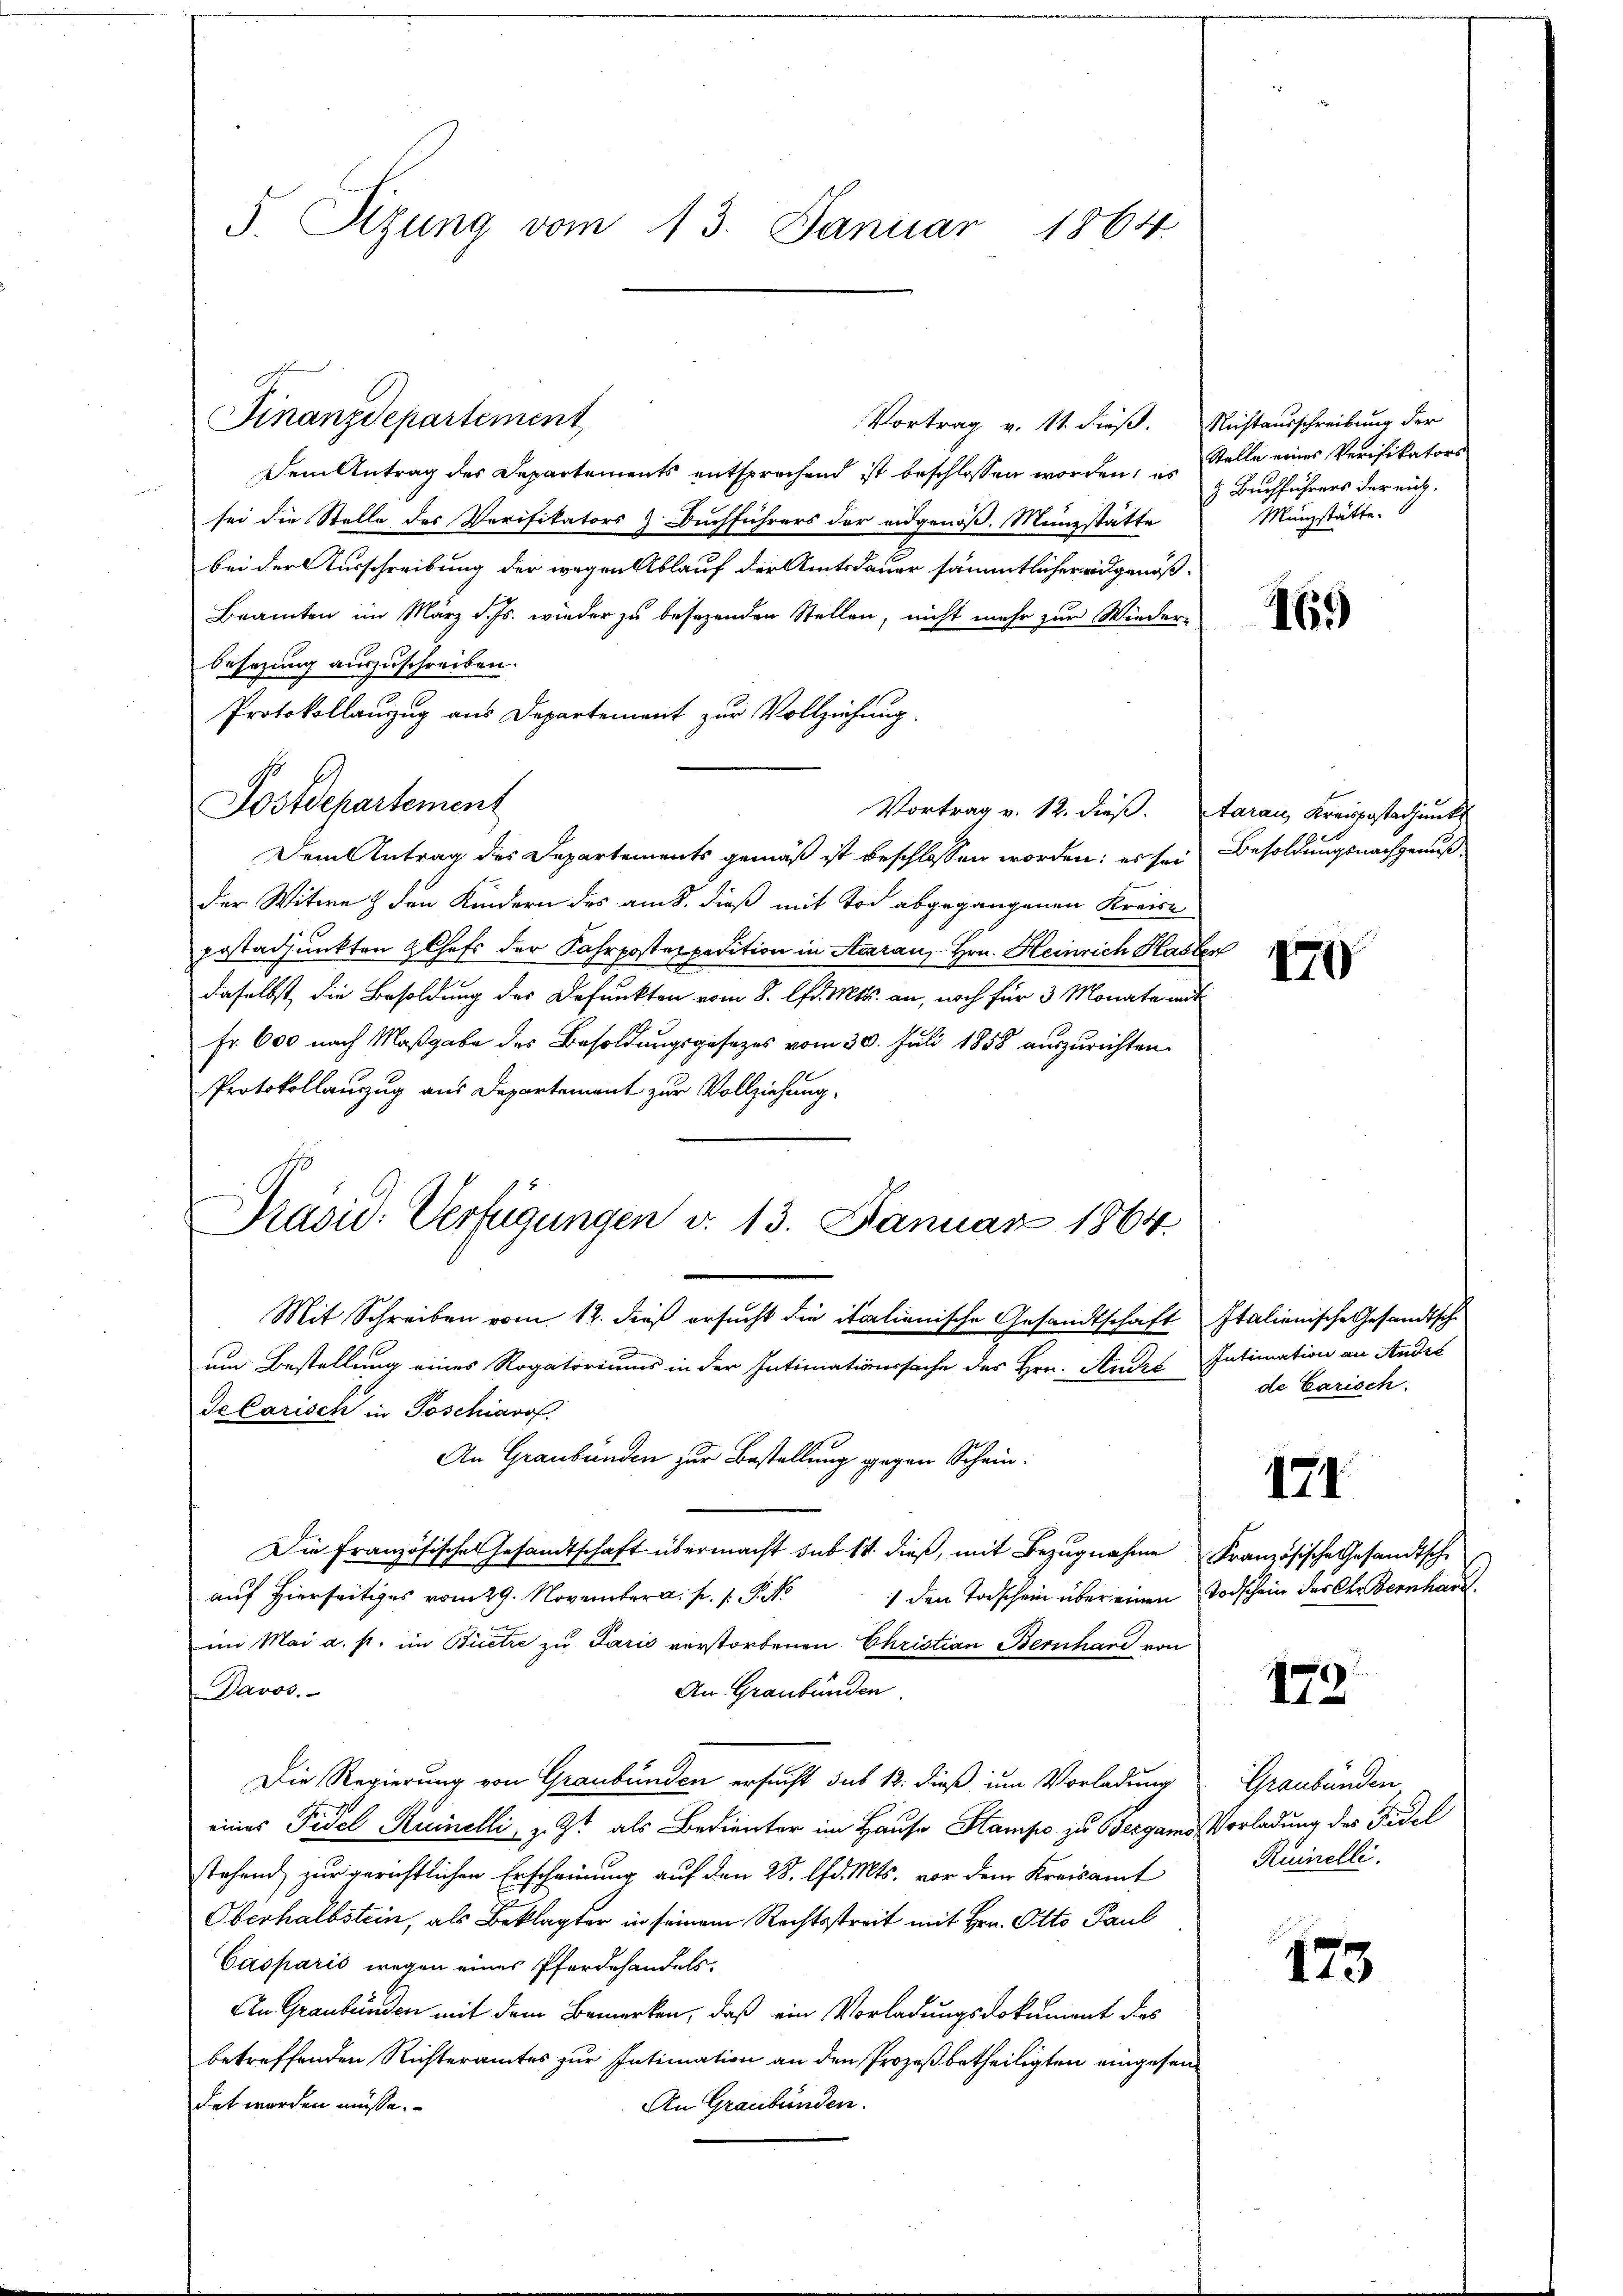
5. Sizung vom 13. Januar 1864

Vortrag v. 11. dieß.
Dem Antrag des Departements entsprechend ist beschlossen worden, es
u
sei die Stelle des Verifikators Buchführers der eidgenöß. Münzstätte
bei der Ausschreibung der wegen Ablauf der Amtsdauer sämmtlicher eidgenöß¬
Beamten im März d. Js. wieder zu besezenden Stellen, nicht mehr zur Wieder-
besezung auszuschreiben.
Protokollanzug aus Departement zur Vollziehung
Postdepartement
Vortrag v. 12. dieß. Aarau, Kreispostadjunkt
Dem Antrag des Departements gemäß ist beschlossen worden; es sei
Der Witwe & den Kindern des am 8. dieß mit Tod abgegangenen Kreise
postadjunkten Chefs der Fahrpostexpedition in Aaraus- Hrn. Heinrich Hasler
daselbst die Besoldung des Defunkten vom 8. d. Mts. an, noch für 3 Monate mit
Fr. 600 nach Maßgabe des Besoldungsgesezes vom 30. Juli 1858 auszurichten.
Protokollauszug aus Departement zur Vollziehung.
Präsid. Verfügungen v. 13. Januar 1864.
Mit Schreiben vom 12. dieß ersucht die italienische Gesandtschaft Italienische Gesandtsche
um Bestellung eines Rogatoriums in der Intimationssache des Hrn. André Intimation an André
Telarisch in Poschiaros
An Graubünden zur Bestellung gegen Schein:
Die Französische Gesandtschaft übermacht sub 14. dieß, mit Bezugnahme Französische Gesandtsche
1 den Todschein über einen Todschein des Chr. Bernhard
auf Hierseitiges vom 29. November a. p. 1. P. N
im Mai a. s. im Bietze zu Paris verstorbenen Christian Bernhard von
Davos.
An Graubünden.
Die Regierung von Graubünden ersucht sub 12. dieß um Vorladung
eines Fidel Ruinelli, z. Zt. als Bedienter im Hause Stampe zu Bergamo Vorladung des Fidel
stehend zur gerichtlichen Erscheinung auf den 28. d. Mts. vor dem Kreisamt
Oberhalbstein, als Beklagter in seinem Rechtsstreit mit Hrn. Otto Paul
Casparis wegen eines Pferdehandels-
An Graubünden mit dem Bemerken, daß ein Vorladungsdokument des
betreffenden Richteramtes zur Intimation an den Prozeß betheiligten eingesendet worden müsse.
An Graubünden.

Finanzdepartement

Nichtausschreibung der
Stelle eines Verifikators
 Buchführers der mich.
Münzstätte.

d

469

Besoldungsnachgenuß.

470

de Carisch.

171

179.

Graubünden
Ruinelli.

173